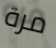
مرة